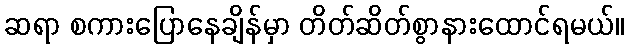
ဆရာ စကားပြောနေချိန်မှာ တိတ်ဆိတ်စွာနားထောင်ရမယ်။